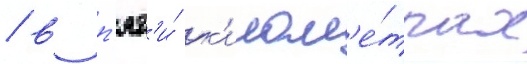
/ в п'ят'и́ к'илом'е́трах